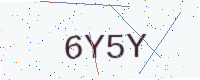
Text: 6Y5Y